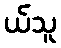
ယ်သူ